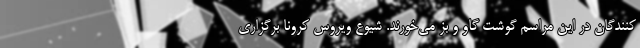
کنندگان در این مراسم گوشت گاو و بز می‌خورند. شیوع ویروس کرونا برگزاری